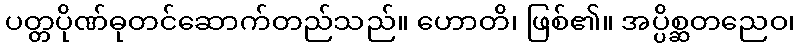
ပတ္တပိုဏ်ဓုတင်ဆောက်တည်သည်။ ဟောတိ၊ ဖြစ်၏။ အပ္ပိစ္ဆတညေဝ၊